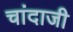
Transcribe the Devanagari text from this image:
चांदाजी